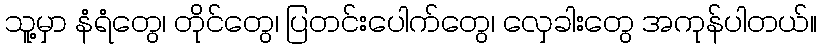
သူ့မှာ နံရံတွေ၊ တိုင်တွေ၊ ပြတင်းပေါက်တွေ၊ လှေခါးတွေ အကုန်ပါတယ်။